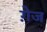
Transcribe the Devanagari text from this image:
गे़ज